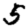
Digit: 5